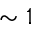
\sim 1